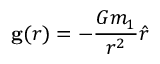
\mathbf { g } ( r ) = - { \frac { G m _ { 1 } } { r ^ { 2 } } } { \hat { r } }